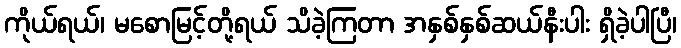
ကိုယ်ရယ်၊ မစောမြင့်တို့ရယ် သိခဲ့ကြတာ အနှစ်နှစ်ဆယ်နီးပါး ရှိခဲ့ပါပြီ၊